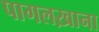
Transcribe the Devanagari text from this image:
पागलख़ाना